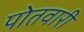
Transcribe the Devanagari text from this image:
पोतवारी